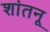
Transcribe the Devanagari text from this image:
शांतनू